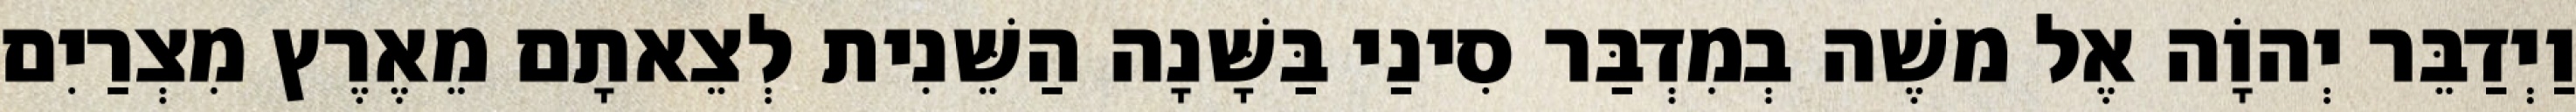
וַיְדַבֵּר יְהוָֹה אֶל משֶׁה בְמִדְבַּר סִינַי בַּשָּׁנָה הַשֵּׁנִית לְצֵאתָם מֵאֶרֶץ מִצְרַיִם